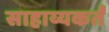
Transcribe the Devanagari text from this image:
साहाय्यकर्तं